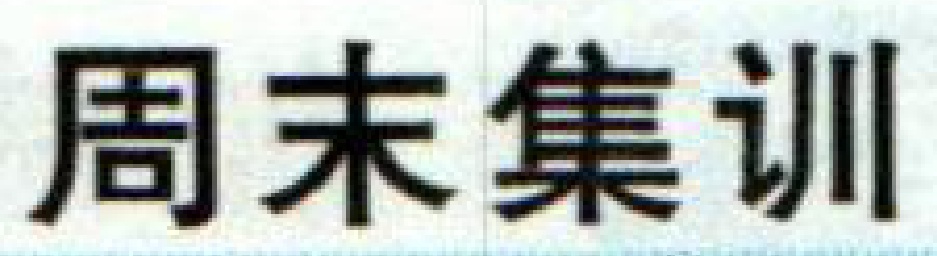
周末集训